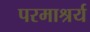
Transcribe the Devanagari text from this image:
परमाश्रर्य